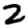
Digit: 2